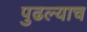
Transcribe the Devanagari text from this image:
पुढल्याच